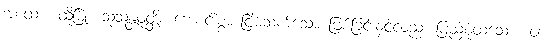
အထော၊ ထိုမြို့။ သုသန္တဝုတ္တိံ၊ ကောင်းစွာ ငြိမ်သက်သော ဖြစ်ခြင်းနှင့်လည်း ပြည့်စုံထသော။ ဝါ၊